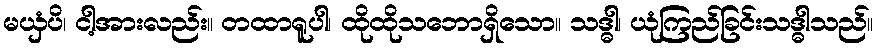
မယှံပိ၊ ငါ့အားလည်း။ တထာရူပါ၊ ထိုထိုသဘောရှိသော။ သဒ္ဓါ၊ ယုံကြည်ခြင်းသဒ္ဓါသည်။